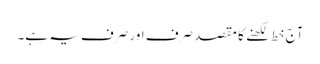
آج خط لکھنے کا مقصد صرف اور صرف یہ ہے۔